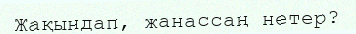
Жақындап, жанассаң нетер?